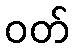
ဝတ်